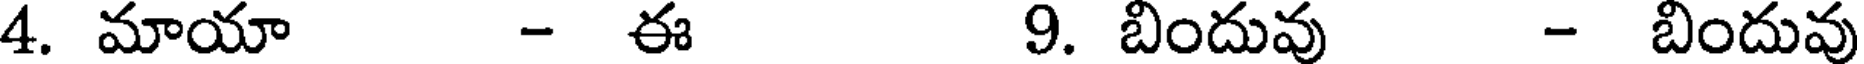
4. మాయా - ఈ 9. బిందువు - బిందువు